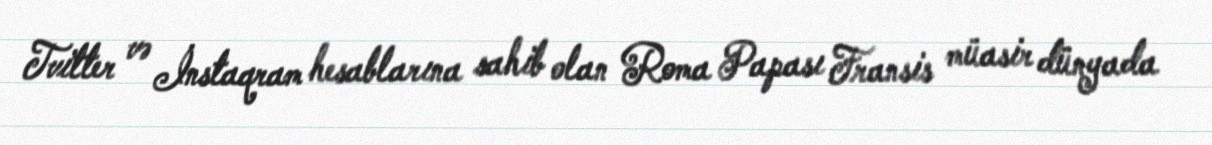
Tvitter və İnstaqram hesablarına sahib olan Roma Papası Fransis müasir dünyada